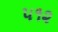
૫૧૨